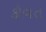
કૌવત